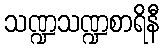
သဏ္ဍသဏ္ဍစာရိနီ